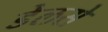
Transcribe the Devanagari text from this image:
डेलसे